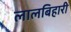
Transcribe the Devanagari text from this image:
लालबिहारी